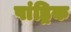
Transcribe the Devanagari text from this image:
पांड्रिक